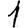
Digit: 1